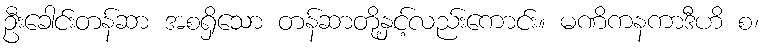
ဦးခေါင်းတန်ဆာ အစရှိသော တန်ဆာတို့နှင့်လည်းကောင်း။ မဏိကနကာဒီဟိ စ၊